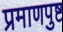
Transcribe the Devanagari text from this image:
प्रमाणपुष्ट